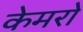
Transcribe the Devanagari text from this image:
केमरो